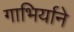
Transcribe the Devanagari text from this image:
गाभिर्याने